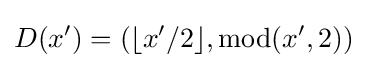
D(x')=(\lfloor x'/2\rfloor ,\mathrm {mod} (x',2))